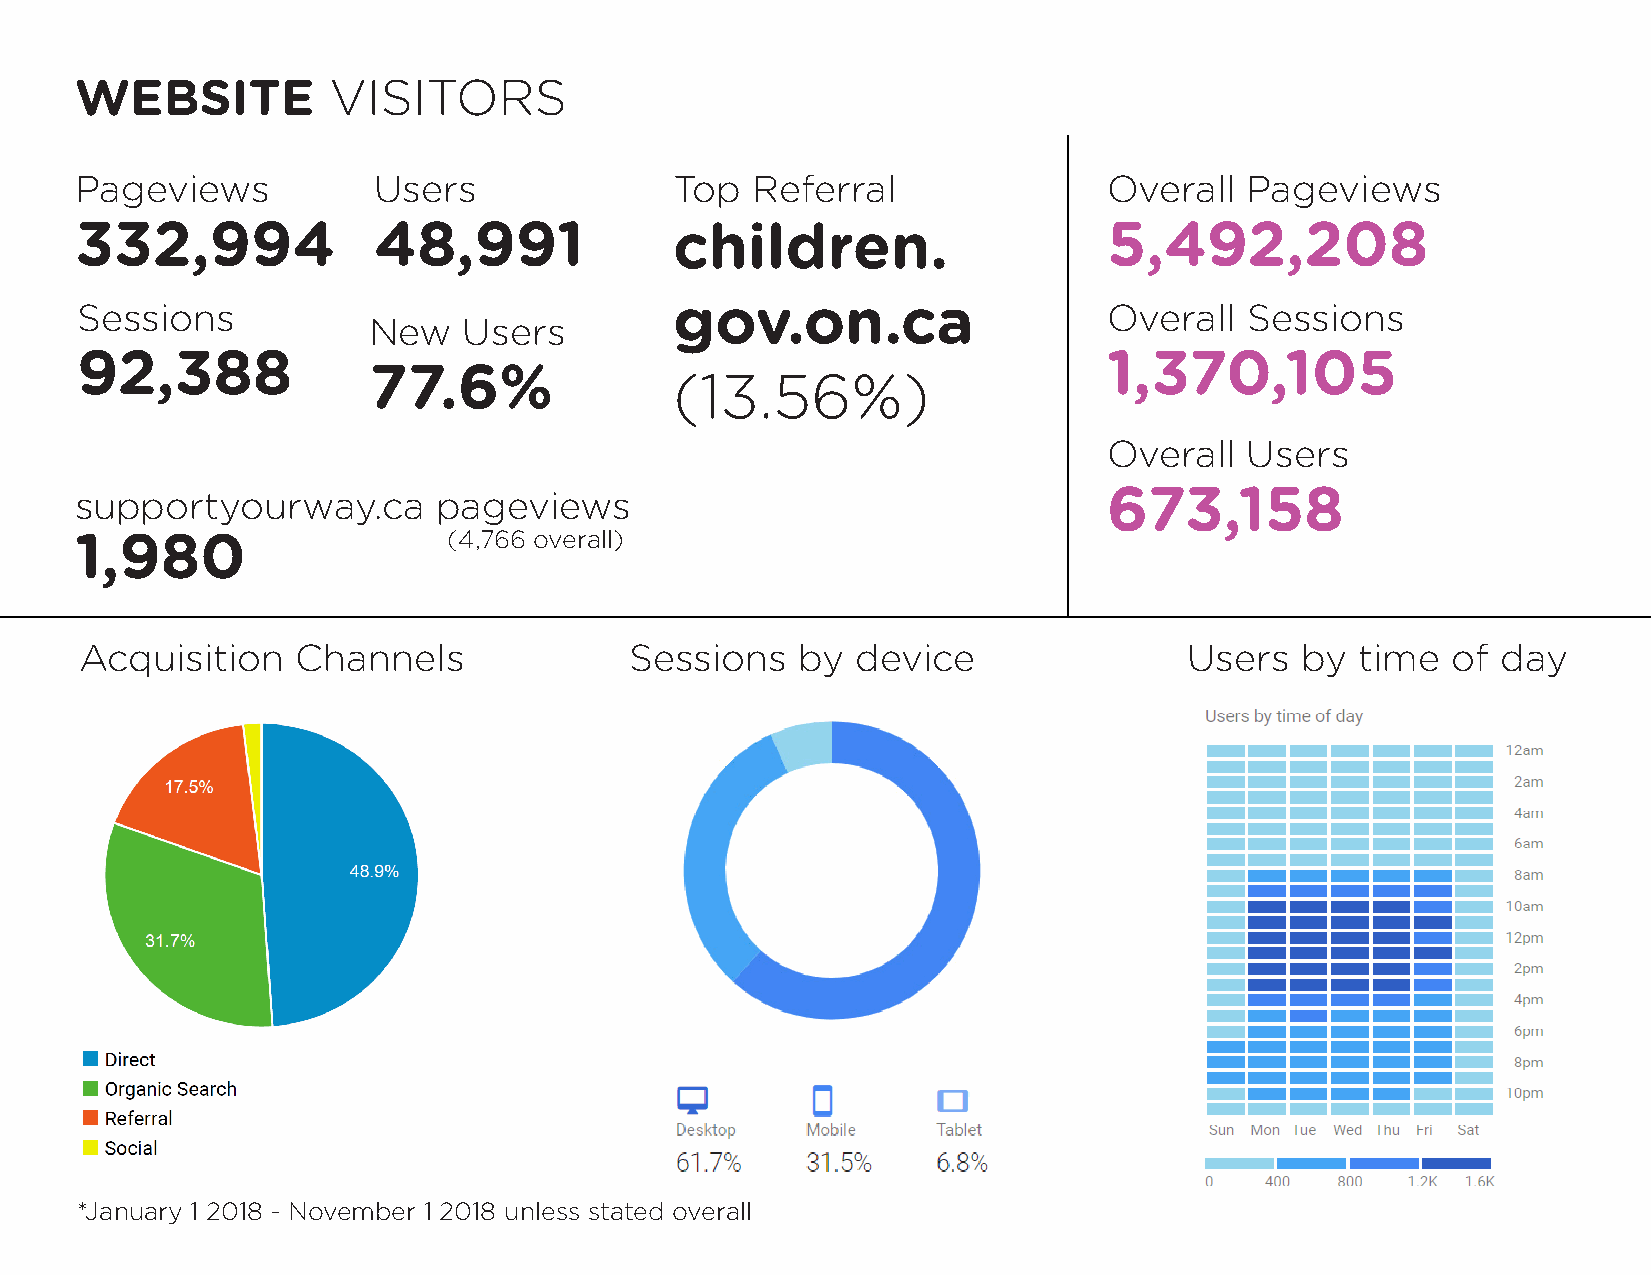
WEBSITE          VISITORS
 Pageviews           Users               Top  Referral               Overall  Pageviews
 332,994             48,991              children.                   5,492,208
 Sessions                                gov.on.ca                   Overall   Sessions
 New    Users
 92,388                                                              1,370,105
 77.6%                (13.56%)
 Overall   Users
 supportyourway.ca       pageviews                                   673,158
 1,980                    (4,766 overall)
 Acquisition    Channels              Sessions   by  device                Users  by  time  of day
 *January 1 2018 - November 1 2018 unless stated overall